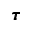
\pmb { \tau }